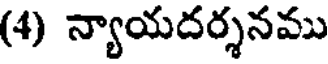
(4) న్యాయదర్శనము